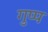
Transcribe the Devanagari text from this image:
गुप्प